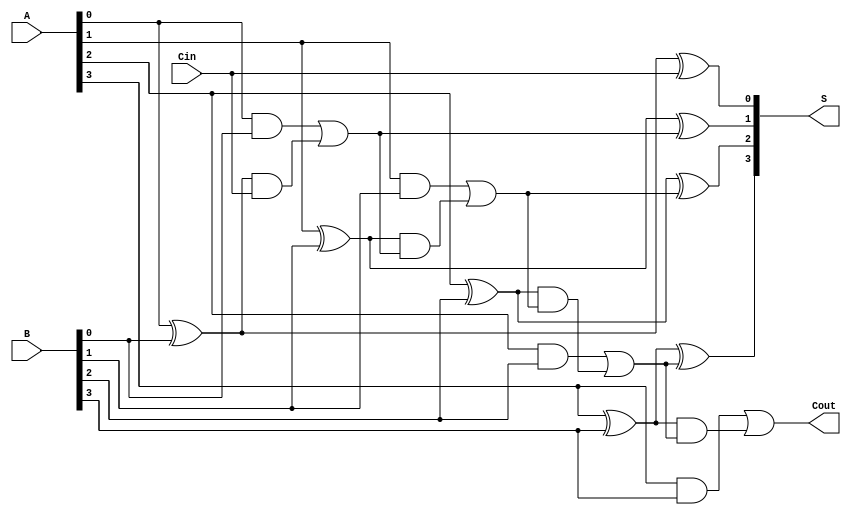
module ConditionalSumAdder #(parameter n = 4) (
    input [n-1:0] A,      // First n-bit input
    input [n-1:0] B,      // Second n-bit input
    input Cin,            // Carry-in
    output [n-1:0] S,     // n-bit sum output
    output Cout           // Carry-out
);

    // Intermediate wires for carry and sum calculations
    wire [n:0] carry;     // carry[n] is the carry-out
    wire [n-1:0] sum;     // n-bit sum output
    wire [n-1:0] P;       // Propagate signals
    wire [n-1:0] G;       // Generate signals

    // Generate and propagate signals
    genvar i;
    generate
        for (i = 0; i < n; i = i + 1) begin : gen_propagate
            assign P[i] = A[i] ^ B[i]; // Propagate
            assign G[i] = A[i] & B[i];  // Generate
        end
    endgenerate

    // Initial carry-in
    assign carry[0] = Cin;

    // Carry generation logic
    generate
        for (i = 0; i < n; i = i + 1) begin : carry_logic
            assign carry[i + 1] = G[i] | (P[i] & carry[i]); // Carry out from each bit
        end
    endgenerate

    // Sum calculation
    generate
        for (i = 0; i < n; i = i + 1) begin : sum_logic
            assign sum[i] = P[i] ^ carry[i]; // Sum for each bit
        end
    endgenerate

    // Final sum and carry-out
    assign S = sum;
    assign Cout = carry[n]; // Final carry-out

endmodule